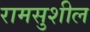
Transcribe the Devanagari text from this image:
रामसुशील